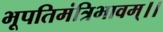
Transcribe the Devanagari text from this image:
भूपतिमंत्रिभावम्।।